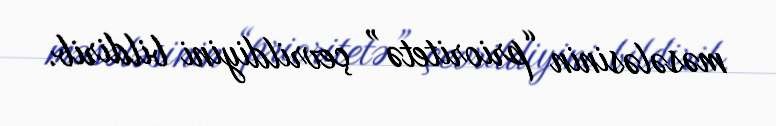
məsələsinin “prioritetə” çevrildiyini bildirib.